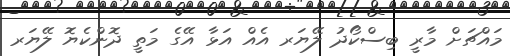
މައްޗަށް މާރީ ބިސްކޯދު ލޭޔަރ އެއް އަޅާ އޭގެ މަތީ ދޮންކެޔޮ ލޭޔަރ